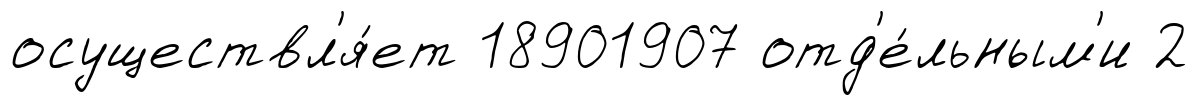
осуществл'я́ет 18901907 отд'е́льным'и 2